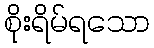
စိုးရိမ်ရသော